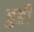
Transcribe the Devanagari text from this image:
हुडी